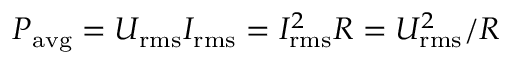
P _ { \mathrm { { a v g } } } = U _ { \mathrm { r m s } } I _ { \mathrm { r m s } } = I _ { \mathrm { r m s } } ^ { 2 } R = U _ { \mathrm { r m s } } ^ { 2 } / R